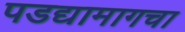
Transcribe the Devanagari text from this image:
पडद्यामागचा